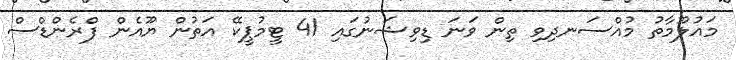
މައުލޫމާތު މުއްސަނދިވި ތިން ވަނަ ޑިވިޝަނުގައި 41 ޓީމުޕީކޭ އަތުން ޔޫއެން ފްރެންޑްސް